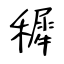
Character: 穉